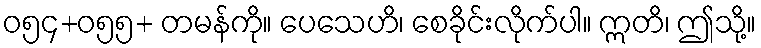
ဝ၅၄+ဝ၅၅+ တမန်ကို။ ပေသေဟိ၊ စေခိုင်းလိုက်ပါ။ ဣတိ၊ ဤသို့။